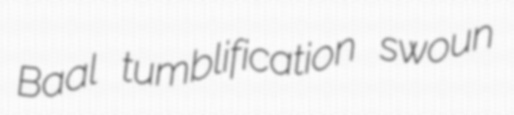
Baal tumblification swoun